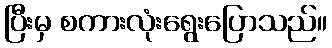
ပြီးမှ စကားလုံးရွေးပြောသည်။